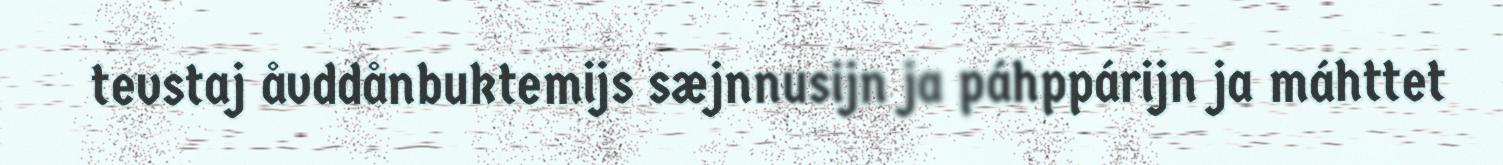
tevstaj åvddånbuktemijs sæjnnusijn ja páhppárijn ja máhttet